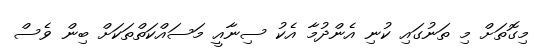
މިގޮތަށް މި ތަނުގައި ކުނި އެންދުމާ އެކު ސިނާއީ މަސައްކަތްތަކަށް ބިން ވެސް